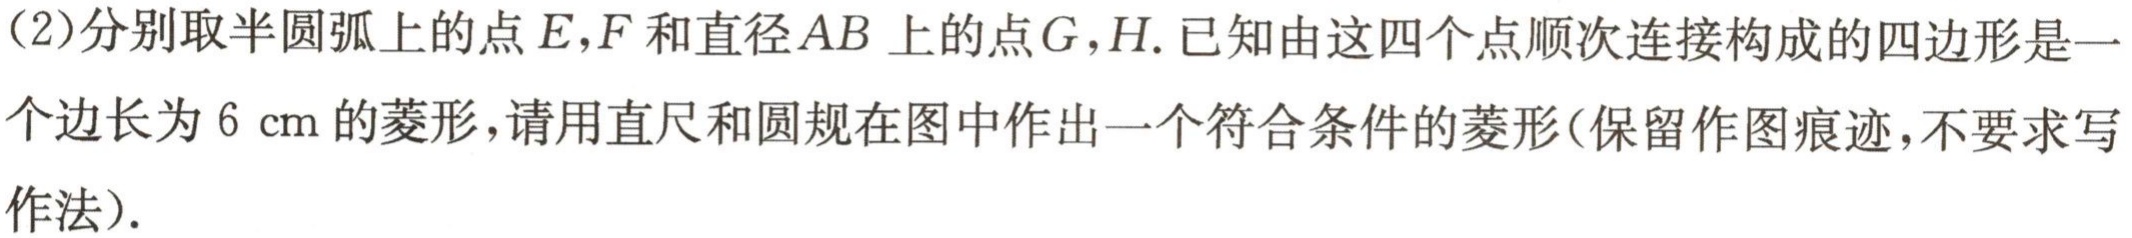
(2)分别取半圆弧上的点\(E,F\)和直径\(AB\)上的点\(G,H\). 已知由这四个点顺次连接构成的四边形是一个边长为\(6\ \text{cm}\)的菱形，请用直尺和圆规在图中作出一个符合条件的菱形(保留作图痕迹，不要求写作法).